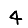
Digit: 4